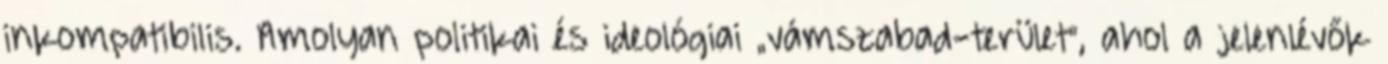
inkompatibilis. Amolyan politikai és i­de­ológiai „vámszabad-terület”, ahol a jelenlévők